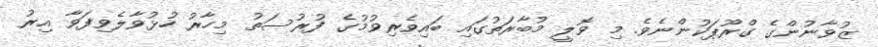
ޒުވާނުންގެ ގްރޫޕަކުންނެވެ. މި ވޮލީ މުބާރަތުގައި ބައިވެރިވުމުގެ ފުރުސަތު މިހާރު ހުޅުވާލެވިފަވާ އިރު